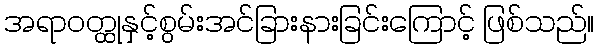
အရာဝတ္ထုနှင့်စွမ်းအင်ခြားနားခြင်းကြောင့် ဖြစ်သည်။